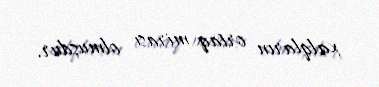
xalqların ortaq mirası olmuşdur.